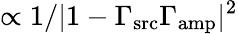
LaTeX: \propto 1/|1-\Gamma_{\mathrm{src}}\Gamma_{\mathrm{amp}}|^{2}